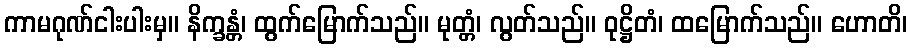
ကာမဂုဏ်ငါးပါးမှ။ နိက္ခန္တံ၊ ထွက်မြောက်သည်။ မုတ္တံ၊ လွတ်သည်။ ဝုဋ္ဌိတံ၊ ထမြောက်သည်။ ဟောတိ၊